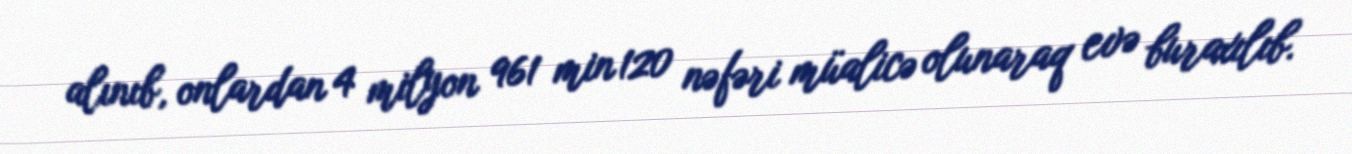
alınıb, onlardan 4 milyon 961 min 120 nəfəri müalicə olunaraq evə buraxılıb.